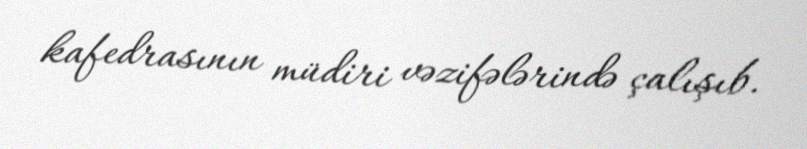
kafedrasının müdiri vəzifələrində çalışıb.